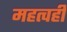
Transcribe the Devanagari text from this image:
महत्वही